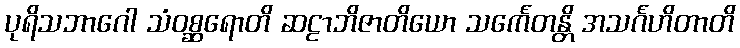
ပုရိသဘာဂေါ သံဝစ္ဆရောတိ ဆဠာဘိဇာတိယော သင်္ကေတန္တိ အသင်္ဂဟိတာတိ